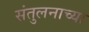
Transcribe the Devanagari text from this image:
संतुलनाच्या